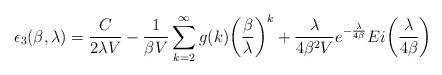
\begin{align*}\epsilon_3(\beta, \lambda)= \frac{C}{2\lambda V}-\frac{1}{\beta V}\sum_{k=2}^{\infty}g(k)\biggl(\frac{\beta}{\lambda}\biggr)^k+\frac{\lambda}{4\beta^2 V}e^{-\frac{\lambda}{4\beta}}Ei\biggl(\frac{\lambda}{4\beta}\biggr)\end{align*}